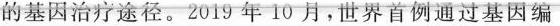
的基因治疗途径。2019年10月，世界首例通过基因编